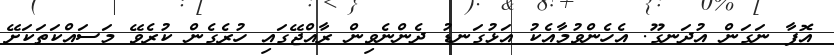
އޮފާ ނަގަން އުދަނގޫ. އެހެންވުމާއެކު އަޅުގަނޑު ދެންނެވިން ރާއްޖޭގައި ހުރެގެން ކުރެވޭ މަސައްކަތަކަށޭ